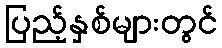
ပြည့်နှစ်များတွင်